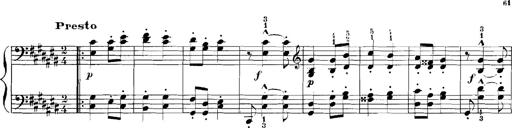
Title: Rhapsodies hongroises
Composer: Franz Liszt